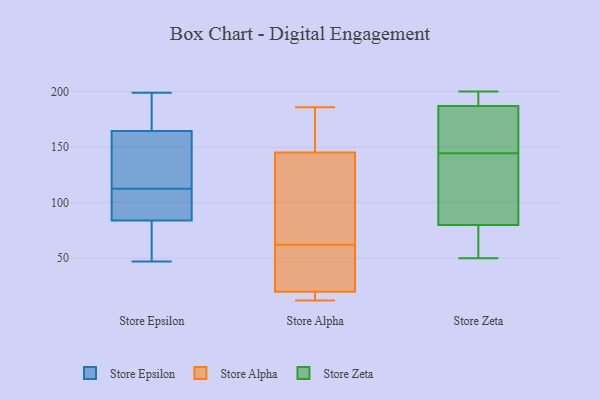
{"axis": {"x": "Market Share (%)", "y": "Value"}, "legend": ["Store Alpha", "Store Epsilon", "Store Zeta"], "data": [{"x": "", "y": 90, "type": "Store Epsilon"}, {"x": "", "y": 108, "type": "Store Epsilon"}, {"x": "", "y": 57, "type": "Store Epsilon"}, {"x": "", "y": 162, "type": "Store Epsilon"}, {"x": "", "y": 173, "type": "Store Epsilon"}, {"x": "", "y": 113, "type": "Store Epsilon"}, {"x": "", "y": 170, "type": "Store Epsilon"}, {"x": "", "y": 101, "type": "Store Epsilon"}, {"x": "", "y": 151, "type": "Store Epsilon"}, {"x": "", "y": 167, "type": "Store Epsilon"}, {"x": "", "y": 144, "type": "Store Epsilon"}, {"x": "", "y": 62, "type": "Store Epsilon"}, {"x": "", "y": 78, "type": "Store Epsilon"}, {"x": "", "y": 47, "type": "Store Epsilon"}, {"x": "", "y": 199, "type": "Store Epsilon"}, {"x": "", "y": 112, "type": "Store Epsilon"}, {"x": "", "y": 175, "type": "Store Alpha"}, {"x": "", "y": 186, "type": "Store Alpha"}, {"x": "", "y": 12, "type": "Store Alpha"}, {"x": "", "y": 41, "type": "Store Alpha"}, {"x": "", "y": 13, "type": "Store Alpha"}, {"x": "", "y": 119, "type": "Store Alpha"}, {"x": "", "y": 152, "type": "Store Alpha"}, {"x": "", "y": 62, "type": "Store Alpha"}, {"x": "", "y": 65, "type": "Store Alpha"}, {"x": "", "y": 13, "type": "Store Alpha"}, {"x": "", "y": 50, "type": "Store Alpha"}, {"x": "", "y": 12, "type": "Store Alpha"}, {"x": "", "y": 139, "type": "Store Alpha"}, {"x": "", "y": 143, "type": "Store Alpha"}, {"x": "", "y": 22, "type": "Store Alpha"}, {"x": "", "y": 178, "type": "Store Alpha"}, {"x": "", "y": 32, "type": "Store Alpha"}, {"x": "", "y": 103, "type": "Store Zeta"}, {"x": "", "y": 172, "type": "Store Zeta"}, {"x": "", "y": 75, "type": "Store Zeta"}, {"x": "", "y": 192, "type": "Store Zeta"}, {"x": "", "y": 131, "type": "Store Zeta"}, {"x": "", "y": 187, "type": "Store Zeta"}, {"x": "", "y": 187, "type": "Store Zeta"}, {"x": "", "y": 50, "type": "Store Zeta"}, {"x": "", "y": 200, "type": "Store Zeta"}, {"x": "", "y": 187, "type": "Store Zeta"}, {"x": "", "y": 109, "type": "Store Zeta"}, {"x": "", "y": 138, "type": "Store Zeta"}, {"x": "", "y": 159, "type": "Store Zeta"}, {"x": "", "y": 67, "type": "Store Zeta"}, {"x": "", "y": 58, "type": "Store Zeta"}, {"x": "", "y": 174, "type": "Store Zeta"}, {"x": "", "y": 151, "type": "Store Zeta"}, {"x": "", "y": 80, "type": "Store Zeta"}]}